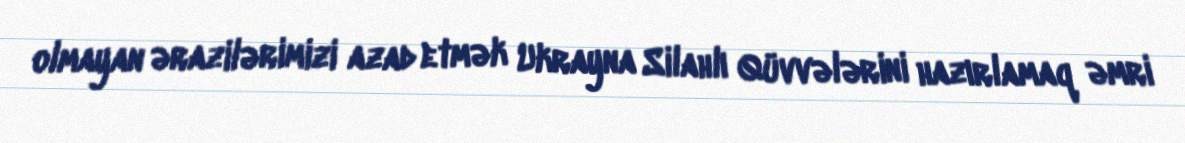
olmayan ərazilərimizi azad etmək Ukrayna Silahlı Qüvvələrini hazırlamaq əmri